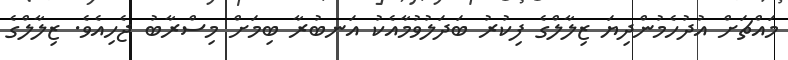
މައްޗަށް އުދުހެމުންދިޔަ ޒިލާލްގެ ފިކުރު ބަދަލުވުމާއެކު އަނބުރާ ބިމަށް މިސްރާބު ޖެހިއެވެ. ޒިލާލްގެ